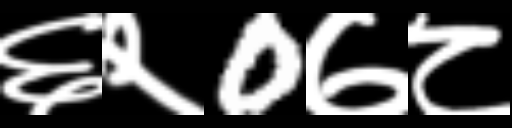
Text: ६२0७८